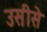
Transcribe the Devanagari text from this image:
उसीसे